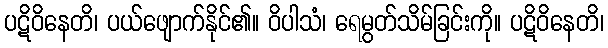
ပဋိဝိနေတိ၊ ပယ်ဖျောက်နိုင်၏။ ဝိပါသံ၊ ရေမွတ်သိမ်ခြင်းကို။ ပဋိဝိနေတိ၊